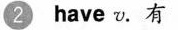
2 have v. 有